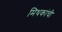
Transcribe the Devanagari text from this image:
मिथकांची